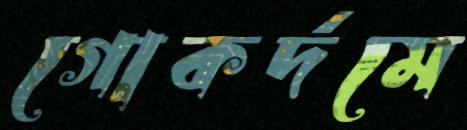
গোকর্দমে